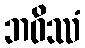
ဘဝိဿံ